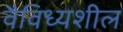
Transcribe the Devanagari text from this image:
वैविध्यशील